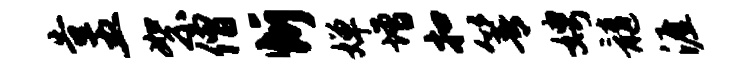
告五絮僧忻婵增扣箐娉髓涯